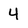
Character: 4